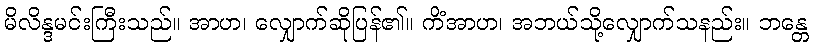
မိလိန္ဒမင်းကြီးသည်။ အာဟ၊ လျှောက်ဆိုပြန်၏။ ကိံအာဟ၊ အဘယ်သို့လျှောက်သနည်း။ ဘန္တေ